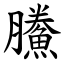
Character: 鰧